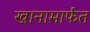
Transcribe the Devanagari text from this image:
खानामार्फत